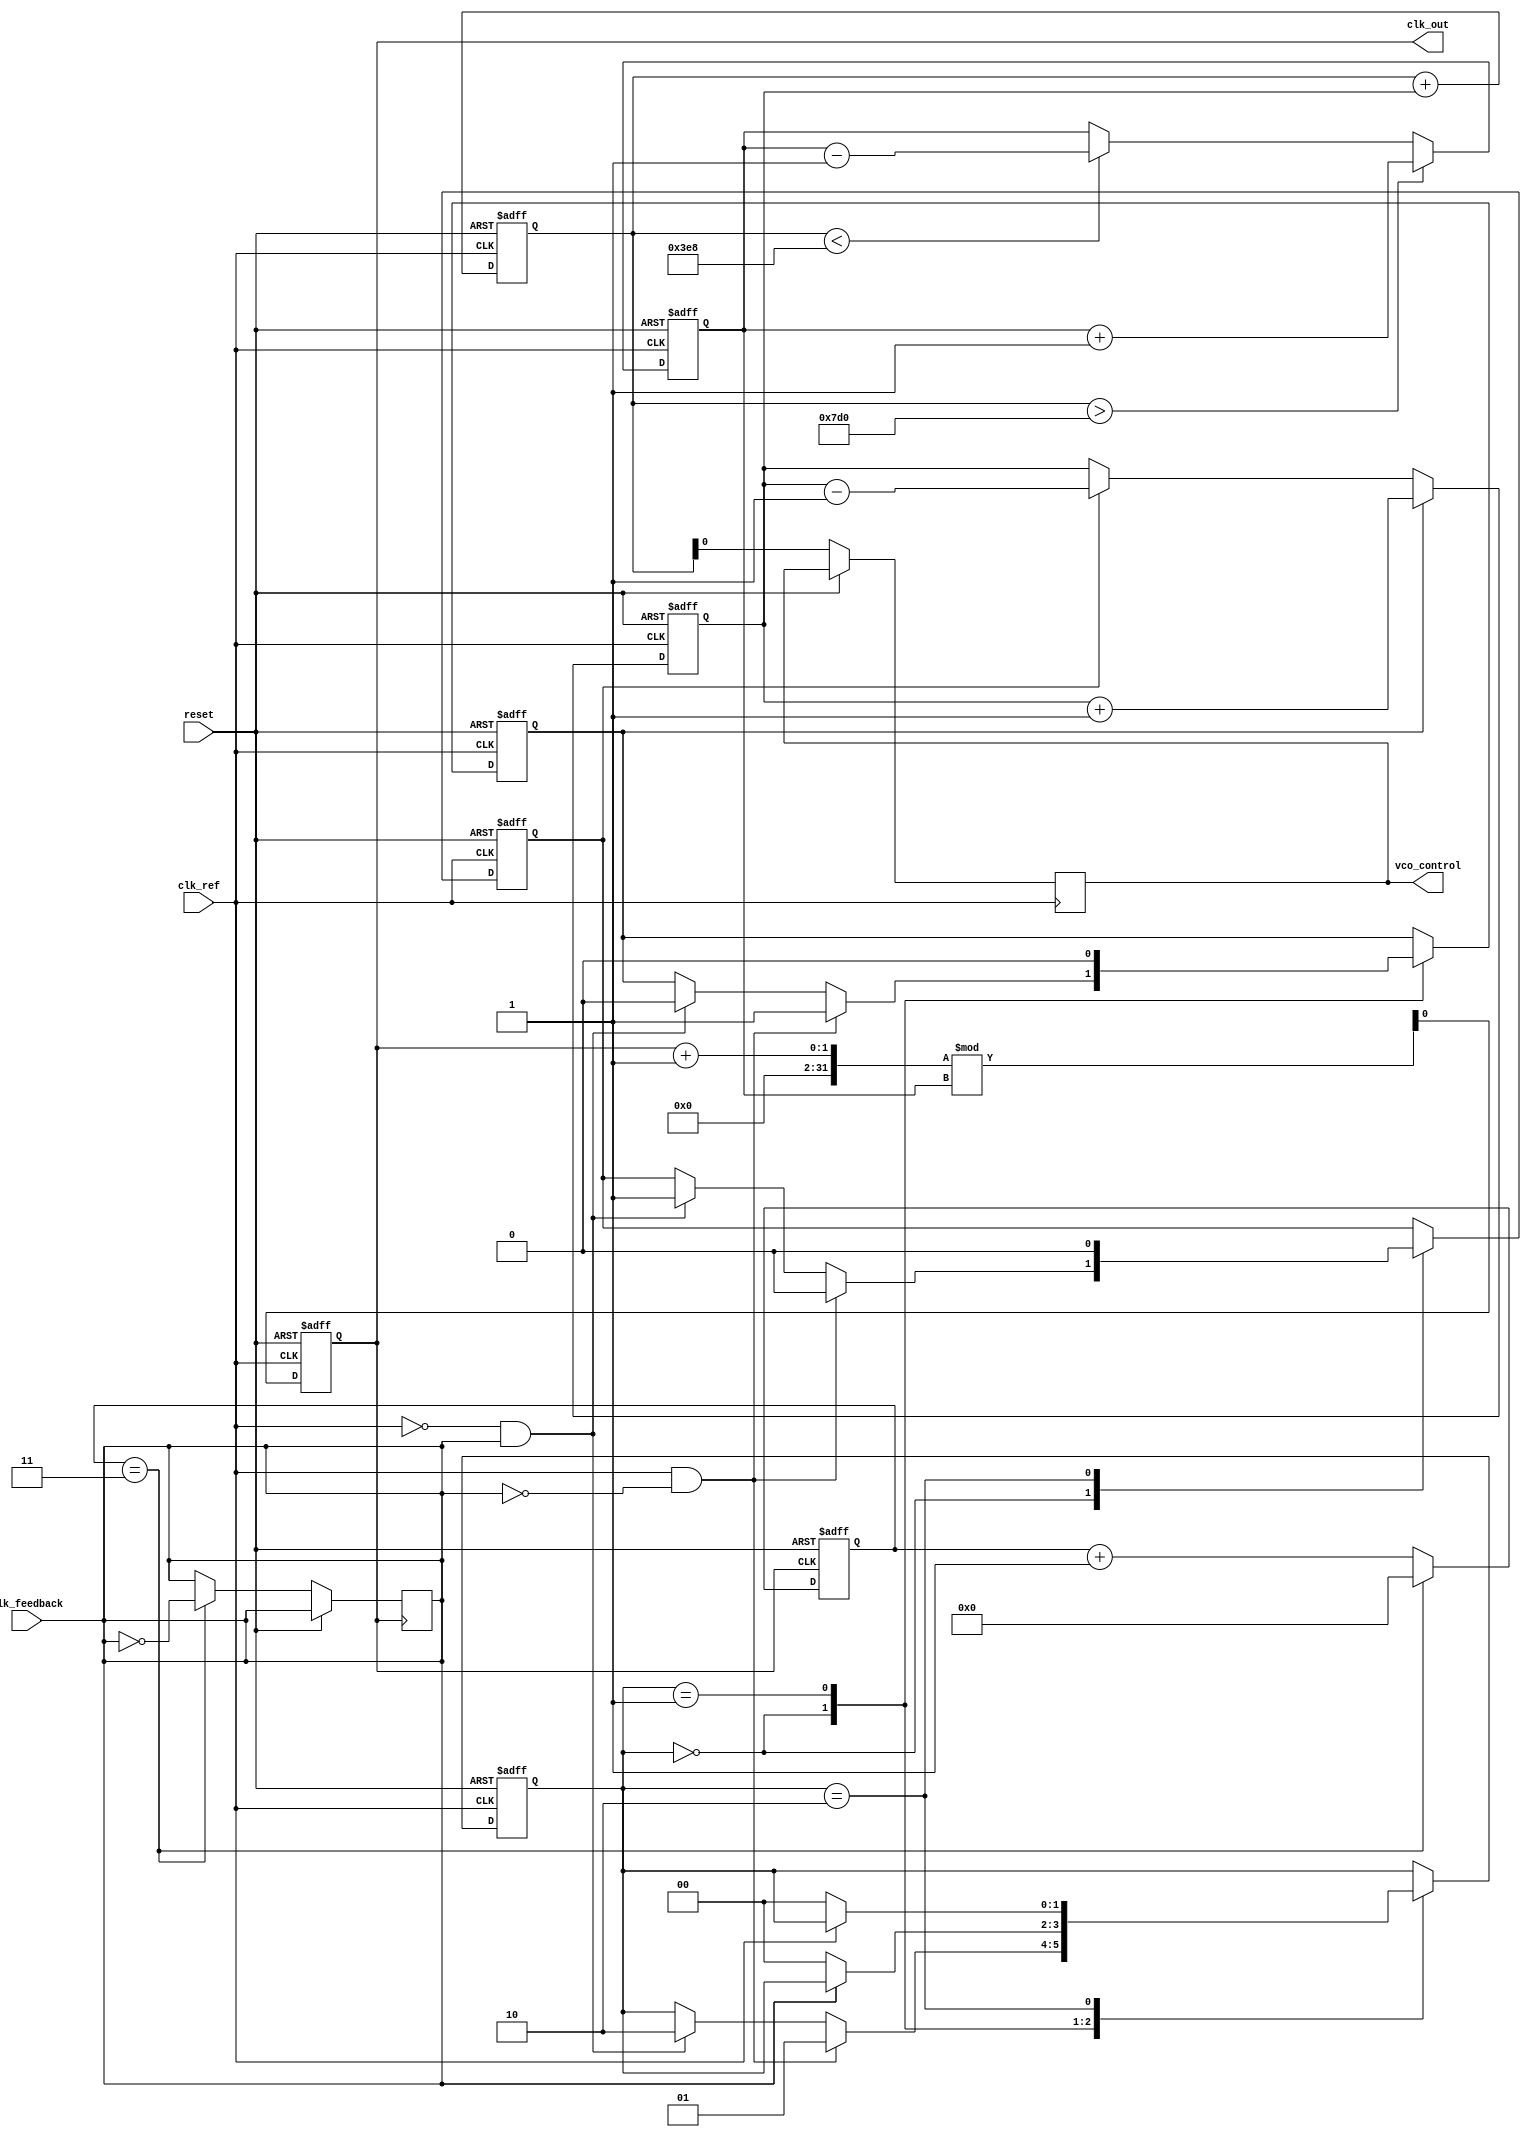
module low_jitter_pll (
    input wire clk_ref,           // Reference clock input
    input wire clk_feedback,      // Feedback clock from VCO
    input wire reset,             // Asynchronous reset
    output reg clk_out,           // Output clock from VCO
    output reg vco_control        // Control voltage for VCO
);

    // PFD signals
    reg pfd_up, pfd_down;
    reg [1:0] pfd_state; // 00: idle, 01: up, 10: down

    // Charge Pump signals
    reg charge_pump_output;
    reg [7:0] cp_current; // Control current from charge pump

    // Loop Filter signals
    reg [15:0] loop_filter_output;

    // VCO signals
    reg [7:0] vco_frequency; // VCO frequency control
    reg [7:0] vco_output;    // VCO output clock

    // Frequency Divider signals
    reg [3:0] divider_count;
    parameter DIV_RATIO = 4; // Example division ratio

    // PFD Implementation
    always @(posedge clk_ref or posedge reset) begin
        if (reset) begin
            pfd_state <= 2'b00;
            pfd_up <= 0;
            pfd_down <= 0;
        end else begin
            case (pfd_state)
                2'b00: begin // Idle state
                    if (clk_ref && !clk_feedback) begin
                        pfd_up <= 1;
                        pfd_down <= 0;
                        pfd_state <= 2'b01; // Move to up state
                    end else if (!clk_ref && clk_feedback) begin
                        pfd_up <= 0;
                        pfd_down <= 1;
                        pfd_state <= 2'b10; // Move to down state
                    end
                end
                2'b01: begin // Up state
                    pfd_up <= 0;
                    if (!clk_feedback) begin
                        pfd_state <= 2'b00; // Back to idle
                    end
                end
                2'b10: begin // Down state
                    pfd_down <= 0;
                    if (!clk_ref) begin
                        pfd_state <= 2'b00; // Back to idle
                    end
                end
            endcase
        end
    end

    // Charge Pump Implementation
    always @(posedge clk_ref or posedge reset) begin
        if (reset) begin
            cp_current <= 0;
        end else begin
            if (pfd_up) begin
                cp_current <= cp_current + 1; // Increase current
            end else if (pfd_down) begin
                cp_current <= cp_current - 1; // Decrease current
            end
        end
    end

    // Loop Filter Implementation (Simple Integrator)
    always @(posedge clk_ref or posedge reset) begin
        if (reset) begin
            loop_filter_output <= 0;
        end else begin
            loop_filter_output <= loop_filter_output + cp_current; // Integrate charge pump output
        end
    end

    // VCO Implementation
    always @(posedge clk_ref or posedge reset) begin
        if (reset) begin
            vco_frequency <= 8'd100; // Initial frequency
            clk_out <= 0;
        end else begin
            vco_control <= loop_filter_output[7:0]; // Control voltage for VCO
            // Simple frequency control logic
            if (loop_filter_output > 16'd2000) begin
                vco_frequency <= vco_frequency + 1; // Increase frequency
            end else if (loop_filter_output < 16'd1000) begin
                vco_frequency <= vco_frequency - 1; // Decrease frequency
            end
            // Generate VCO output clock
            clk_out <= (clk_out + 1) % vco_frequency;
        end
    end

    // Frequency Divider Implementation
    always @(posedge clk_out or posedge reset) begin
        if (reset) begin
            divider_count <= 0;
        end else begin
            if (divider_count == DIV_RATIO - 1) begin
                divider_count <= 0;
                clk_feedback <= ~clk_feedback; // Toggle feedback clock
            end else begin
                divider_count <= divider_count + 1;
            end
        end
    end

endmodule